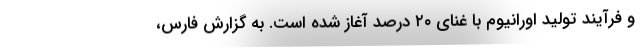
و فرآیند تولید اورانیوم با غنای ۲۰ درصد آغاز شده است. به گزارش فارس،